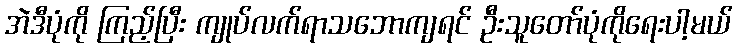
အဲဒီပုံကို ကြည့်ပြီး ကျုပ်လက်ရာသဘောကျရင် ဦးသူတော်ပုံကိုရေးပါ့မယ်